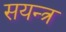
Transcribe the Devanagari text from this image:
सयन्त्र